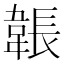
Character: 韔